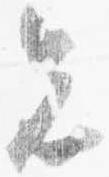
先